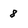
Character: 8